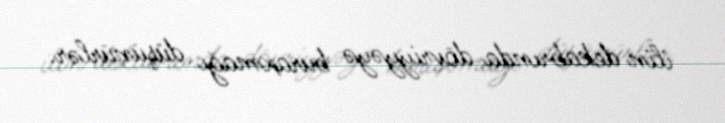
ilin dekabrında dövriyyəyə buraxmağı düşünürlər.